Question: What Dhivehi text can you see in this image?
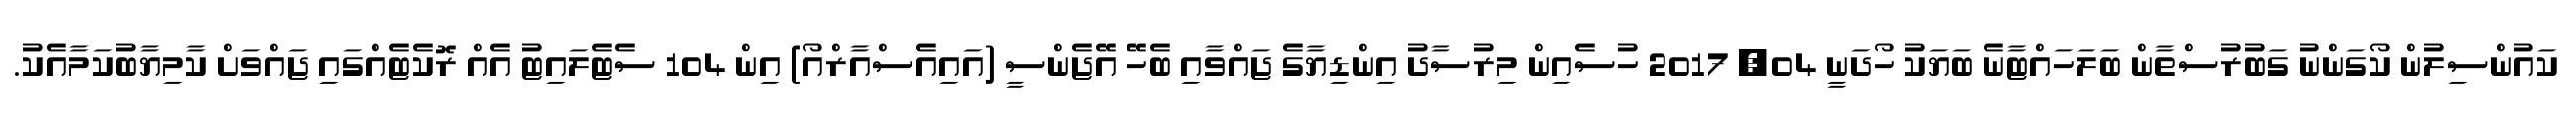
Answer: ކައުންސިލުން ކޯގަންނު ގަބުރުސްތާން ބަލަހައްޓާނެ ބަޔަކު ހޯދަނީ 04, 2017 ހުސެއިން މިރުސާދު އިންޑިޔާގެ ޖައްވާއި ބެހޭ އޭޖެންސީ (އައިއެސްއާރްއޯ) އިން 104 ސެޓެލައިޓު އެއް ރޮކެޓެއްގައި ޖައްވަށް ކާމިޔާބުކަމާއެކު.